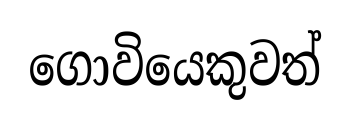
ගොවියෙකුවත්